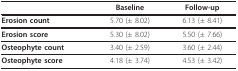
|  | Baseline | Follow-up |
 | --- | --- | --- |
 | Erosion count | 5.70 (± 8.02) | 6.13 (± 8.41) |
 | Erosion score | 5.30 (± 8.02) | 5.50 (± 7.66) |
 | Osteophyte count | 3.40 (± 2.59) | 3.60 (± 2.44) |
 | Osteophyte score | 4.18 (± 3.74) | 4.53 (± 3.42) |